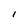
Character: I